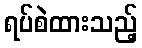
ရပ်စဲထားသည့်